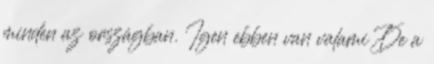
minden az országban. Igen ebben van valami De a